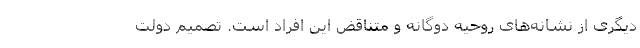
دیگری از نشانه‌های روحیه دوگانه و متناقض این افراد است. تصمیم دولت